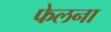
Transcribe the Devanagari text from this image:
फेलना